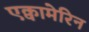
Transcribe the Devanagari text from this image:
एक्वामेरिन